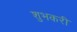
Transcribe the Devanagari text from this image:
शुभकरी